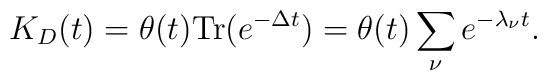
K_D (t) =\theta (t){\rm Tr}(e^{-\Delta t})=\theta (t)\sum_{\nu}e^{-\lambda_\nu t}.